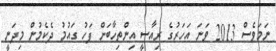
ނަމަވެސް 2013 ވަނަ އަހަރުގެ ރިއާސީ އިންތިހާބަށް ފަހު ގައުމު ދެކެމުން މިދަނީ